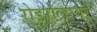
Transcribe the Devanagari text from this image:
रोडरोलरवर